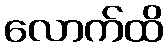
လောက်ထိ